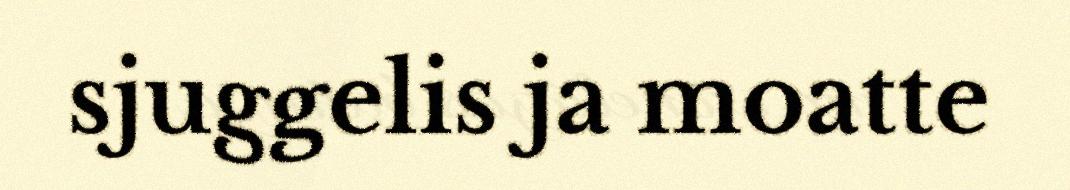
sjuggelis ja moatte